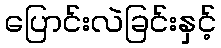
ပြောင်းလဲခြင်းနှင့်